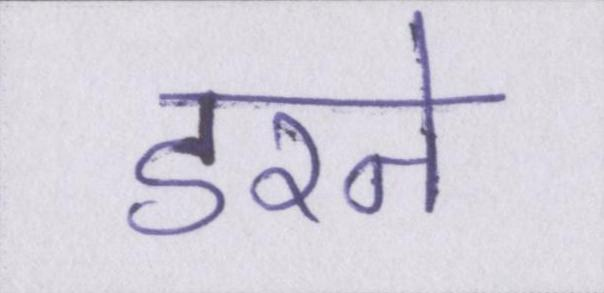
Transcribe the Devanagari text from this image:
डरने